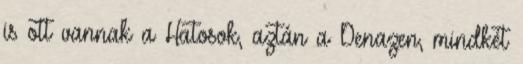
is ott vannak a Hatosok, aztán a Denazen, mindkét